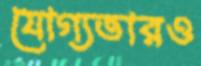
যোগ্যতারও